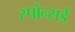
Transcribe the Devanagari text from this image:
स्पोन्सर्ड